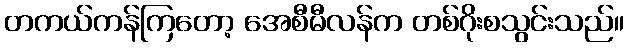
တကယ်ကန်ကြတော့ အေစီမီလန်က တစ်ဂိုးစသွင်းသည်။